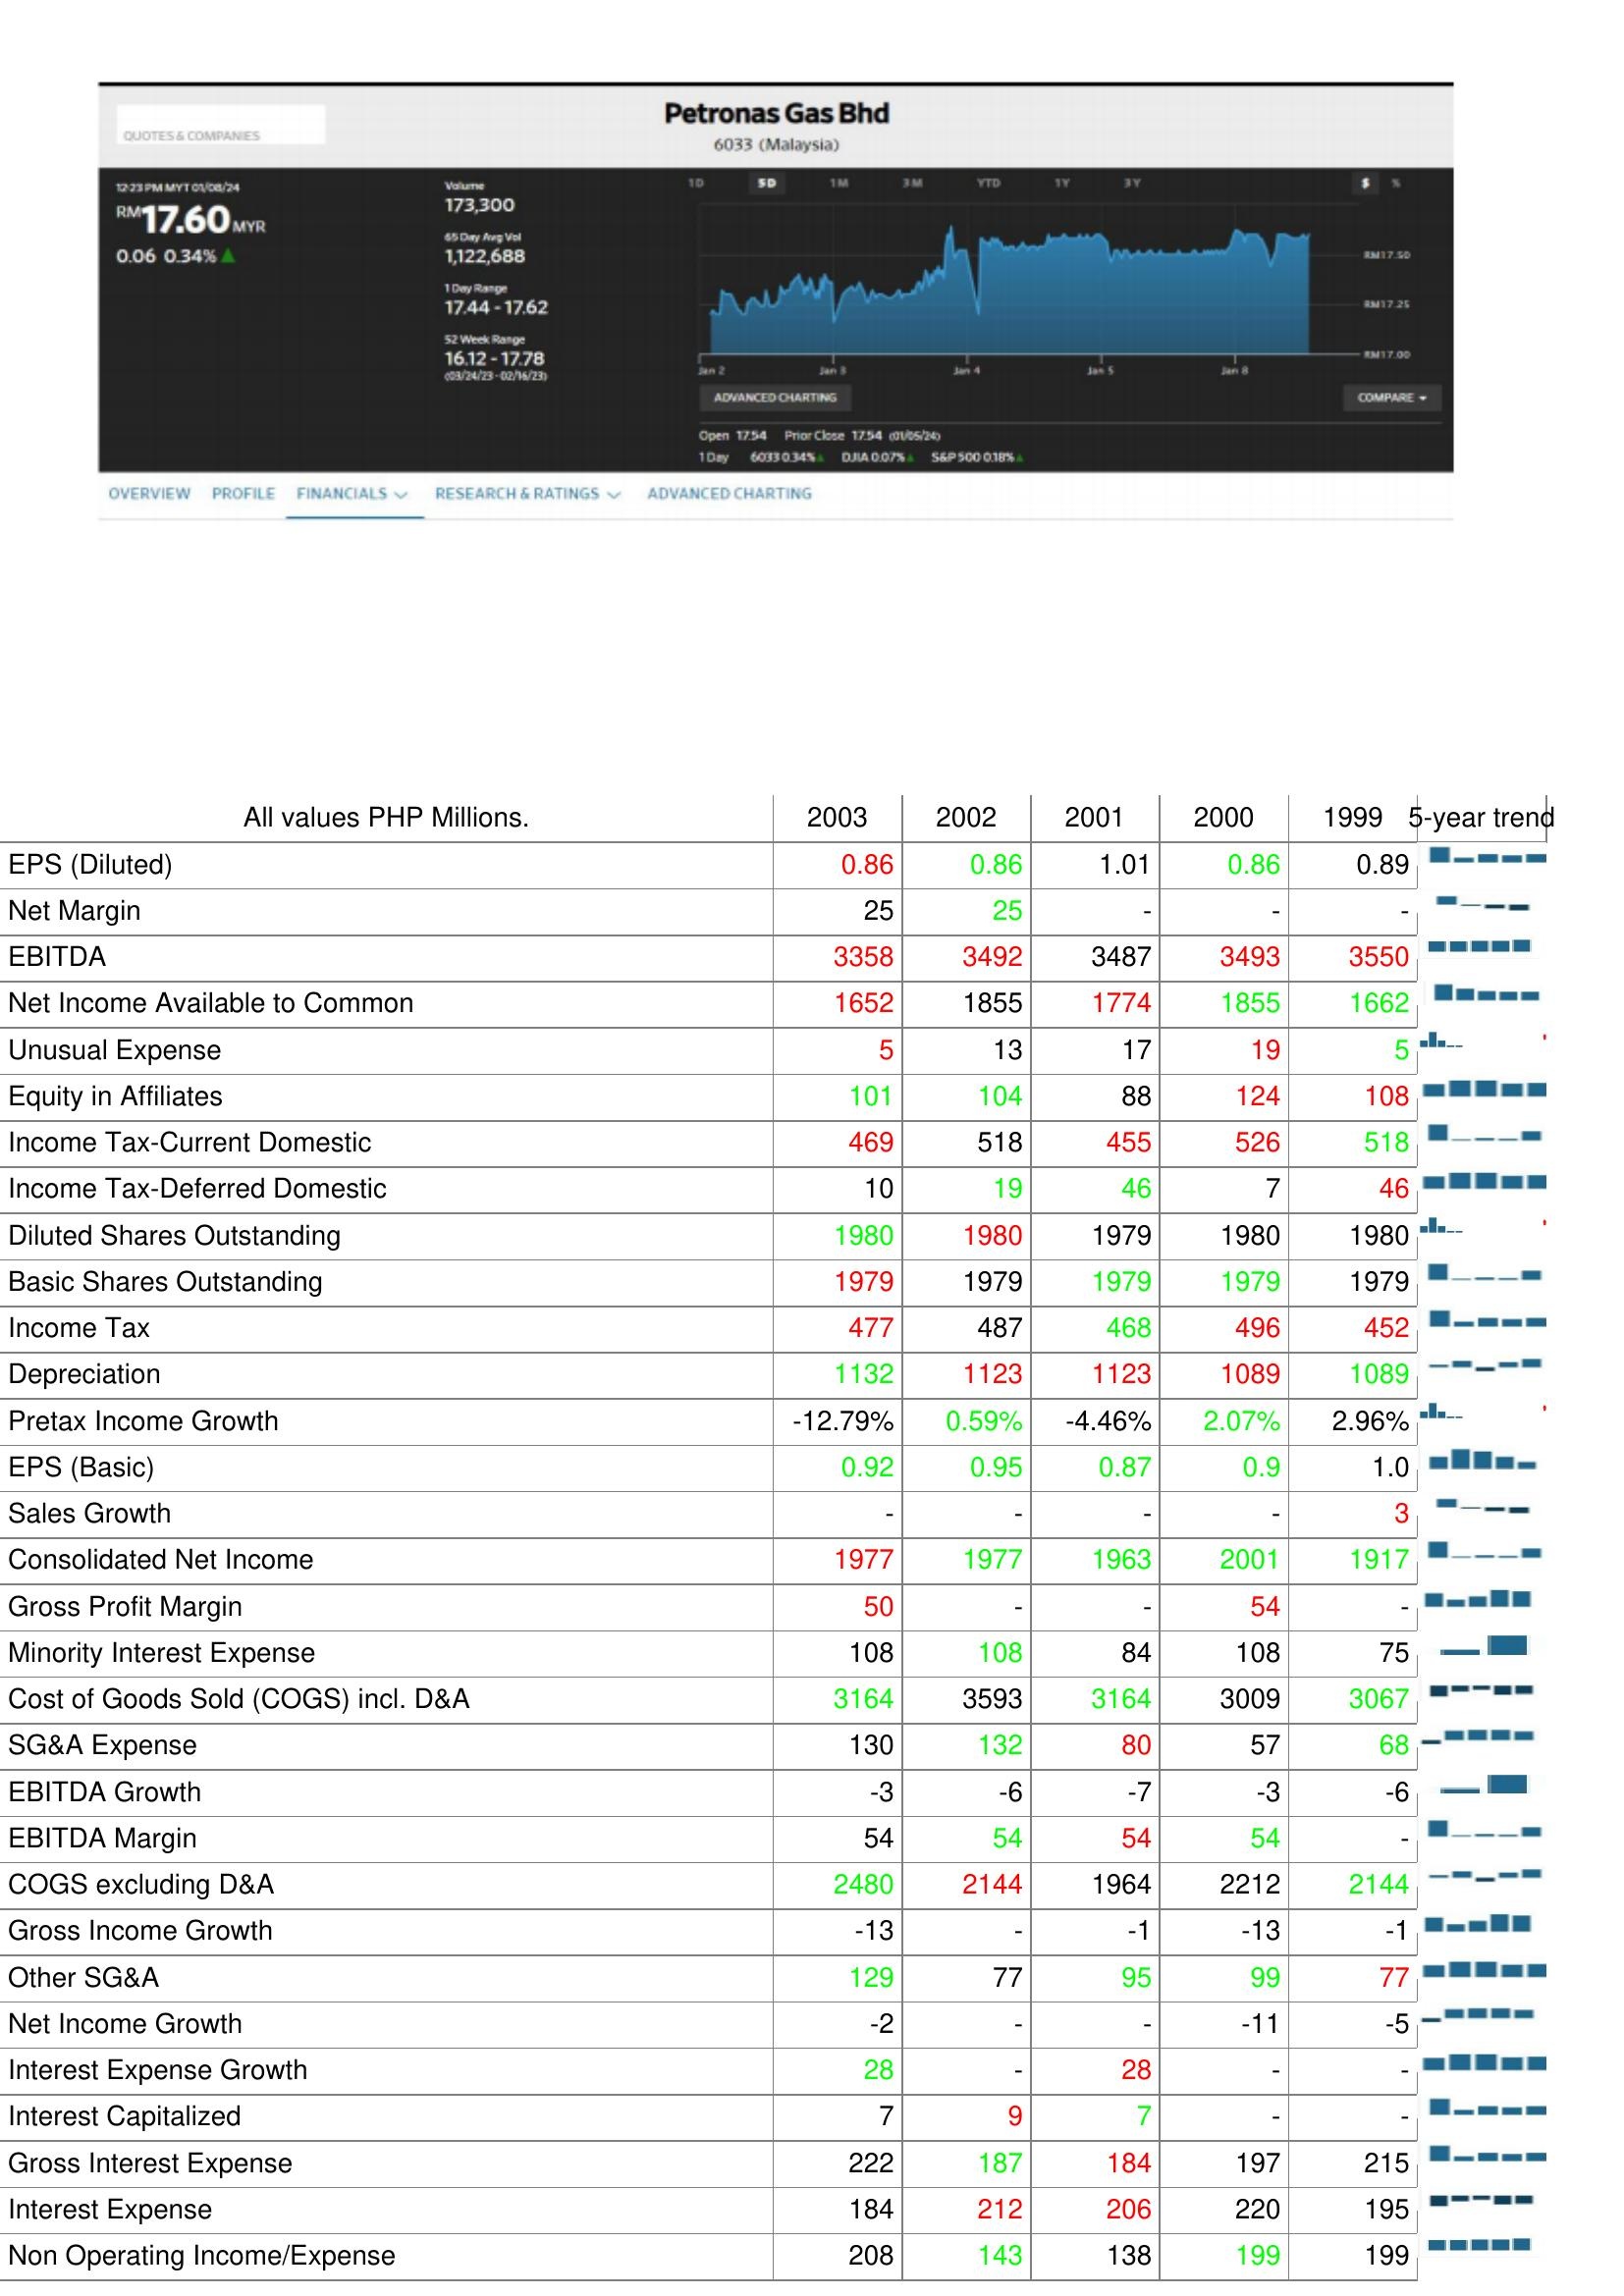
2003: : EPS (Diluted): 0.86
Net Margin: 25
EBITDA: 3358
Net Income Available to Common: 1652
Unusual Expense: 5
Equity in Affiliates: 101
Income Tax-Current Domestic: 469
Income Tax-Deferred Domestic: 10
Diluted Shares Outstanding: 1980
Basic Shares Outstanding: 1979
Income Tax: 477
Depreciation: 1132
Pretax Income Growth: -12.79%
EPS (Basic): 0.92
Sales Growth: -
Consolidated Net Income: 1977
Gross Profit Margin: 50
Minority Interest Expense: 108
Cost of Goods Sold (COGS) incl. D&A: 3164
SG&A Expense: 130
EBITDA Growth: -3
EBITDA Margin: 54
COGS excluding D&A: 2480
Gross Income Growth: -13
Other SG&A: 129
Net Income Growth: -2
Interest Expense Growth: 28
Interest Capitalized: 7
Gross Interest Expense: 222
Interest Expense: 184
Non Operating Income/Expense: 208
2002: : EPS (Diluted): 0.86
Net Margin: 25
EBITDA: 3492
Net Income Available to Common: 1855
Unusual Expense: 13
Equity in Affiliates: 104
Income Tax-Current Domestic: 518
Income Tax-Deferred Domestic: 19
Diluted Shares Outstanding: 1980
Basic Shares Outstanding: 1979
Income Tax: 487
Depreciation: 1123
Pretax Income Growth: 0.59%
EPS (Basic): 0.95
Sales Growth: -
Consolidated Net Income: 1977
Gross Profit Margin: -
Minority Interest Expense: 108
Cost of Goods Sold (COGS) incl. D&A: 3593
SG&A Expense: 132
EBITDA Growth: -6
EBITDA Margin: 54
COGS excluding D&A: 2144
Gross Income Growth: -
Other SG&A: 77
Net Income Growth: -
Interest Expense Growth: -
Interest Capitalized: 9
Gross Interest Expense: 187
Interest Expense: 212
Non Operating Income/Expense: 143
2001: : EPS (Diluted): 1.01
Net Margin: -
EBITDA: 3487
Net Income Available to Common: 1774
Unusual Expense: 17
Equity in Affiliates: 88
Income Tax-Current Domestic: 455
Income Tax-Deferred Domestic: 46
Diluted Shares Outstanding: 1979
Basic Shares Outstanding: 1979
Income Tax: 468
Depreciation: 1123
Pretax Income Growth: -4.46%
EPS (Basic): 0.87
Sales Growth: -
Consolidated Net Income: 1963
Gross Profit Margin: -
Minority Interest Expense: 84
Cost of Goods Sold (COGS) incl. D&A: 3164
SG&A Expense: 80
EBITDA Growth: -7
EBITDA Margin: 54
COGS excluding D&A: 1964
Gross Income Growth: -1
Other SG&A: 95
Net Income Growth: -
Interest Expense Growth: 28
Interest Capitalized: 7
Gross Interest Expense: 184
Interest Expense: 206
Non Operating Income/Expense: 138
2000: : EPS (Diluted): 0.86
Net Margin: -
EBITDA: 3493
Net Income Available to Common: 1855
Unusual Expense: 19
Equity in Affiliates: 124
Income Tax-Current Domestic: 526
Income Tax-Deferred Domestic: 7
Diluted Shares Outstanding: 1980
Basic Shares Outstanding: 1979
Income Tax: 496
Depreciation: 1089
Pretax Income Growth: 2.07%
EPS (Basic): 0.9
Sales Growth: -
Consolidated Net Income: 2001
Gross Profit Margin: 54
Minority Interest Expense: 108
Cost of Goods Sold (COGS) incl. D&A: 3009
SG&A Expense: 57
EBITDA Growth: -3
EBITDA Margin: 54
COGS excluding D&A: 2212
Gross Income Growth: -13
Other SG&A: 99
Net Income Growth: -11
Interest Expense Growth: -
Interest Capitalized: -
Gross Interest Expense: 197
Interest Expense: 220
Non Operating Income/Expense: 199
1999: : EPS (Diluted): 0.89
Net Margin: -
EBITDA: 3550
Net Income Available to Common: 1662
Unusual Expense: 5
Equity in Affiliates: 108
Income Tax-Current Domestic: 518
Income Tax-Deferred Domestic: 46
Diluted Shares Outstanding: 1980
Basic Shares Outstanding: 1979
Income Tax: 452
Depreciation: 1089
Pretax Income Growth: 2.96%
EPS (Basic): 1.0
Sales Growth: 3
Consolidated Net Income: 1917
Gross Profit Margin: -
Minority Interest Expense: 75
Cost of Goods Sold (COGS) incl. D&A: 3067
SG&A Expense: 68
EBITDA Growth: -6
EBITDA Margin: -
COGS excluding D&A: 2144
Gross Income Growth: -1
Other SG&A: 77
Net Income Growth: -5
Interest Expense Growth: -
Interest Capitalized: -
Gross Interest Expense: 215
Interest Expense: 195
Non Operating Income/Expense: 199